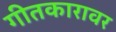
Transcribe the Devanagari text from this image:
गीतकारावर